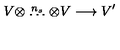
V \otimes \stackrel { n _ { s } } { \ldots } \otimes V \longrightarrow V ^ { \prime }